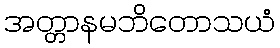
အတ္တာနမဘိတောသယံ